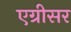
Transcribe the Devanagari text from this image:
एग्रीसर